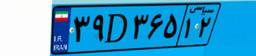
۹۵D۸۸۴۱۸